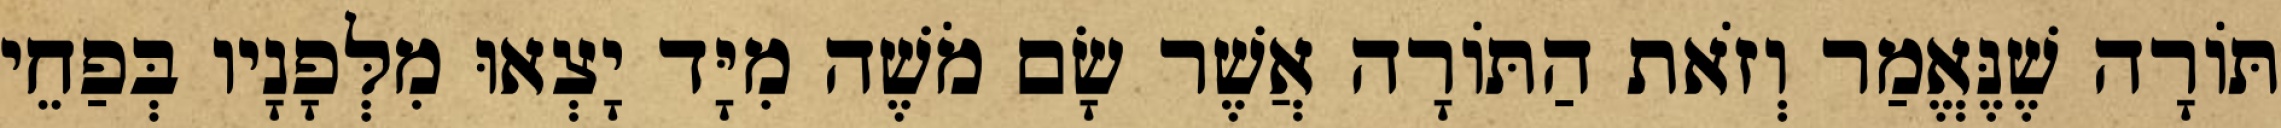
תּוֹרָה שֶׁנֶּאֱמַר וְזֹאת הַתּוֹרָה אֲשֶׁר שָׂם מֹשֶׁה מִיָּד יָצְאוּ מִלְּפָנָיו בְּפַחֵי